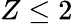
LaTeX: Z\leq 2